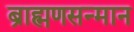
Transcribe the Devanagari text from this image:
ब्राह्मणसन्मान